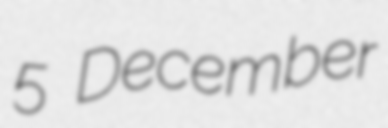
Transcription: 5 December